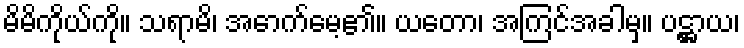
မိမိကိုယ်ကို။ သရာမိ၊ အောက်မေ့၏။ ယတော၊ အကြင်အခါမှ။ ပဋ္ဌာယ၊